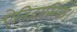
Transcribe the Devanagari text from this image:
ऐतिहासिक।